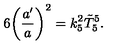
6 \biggl ( \frac { a ^ { \prime } } { a } \biggr ) ^ { 2 } = k _ { 5 } ^ { 2 } \tilde { T } _ { 5 } ^ { 5 } .